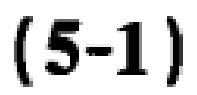
\((5 - 1)\)